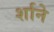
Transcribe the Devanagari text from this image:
र्शाने